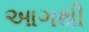
આગથી